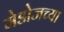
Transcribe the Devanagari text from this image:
मेडोजच्या